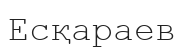
Есқараев